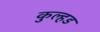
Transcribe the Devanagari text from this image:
कुल्हड